Leaving Certificate Examination, 1909
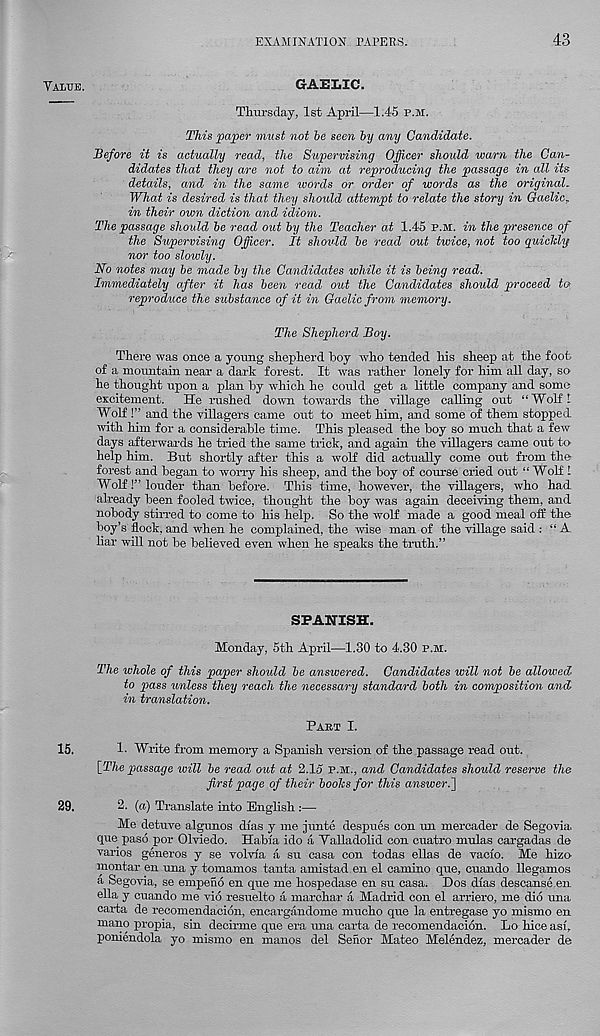
EXAMINATION PAPERS.
43
Value.
GAELIC.
Thursday, 1st April—1.45 p.m.
This paper must not be seen by any Candidate.
Before it is actually read, the Supervising Officer should warn the Can-
didates that they are not to aim at reproducing the passage in all its
details, and in the same words or order of words as the original.
What is desired is that they should attempt to relate the story in Gaelic,
in their own diction and idiom.
The passage should be read out by the Teacher at 1.45 P.M. in the presence of
the Supervising Officer. It should be read out twice, not too quiclcly
nor too slowly.
No notes may be made by the Candidates while it is being read.
Immediately after it has been read out the Candidates should proceed to
reproduce the substance of it in Gaelic from memory.
The Shepherd Boy.
There was once a young shepherd hoy who tended his sheep at the foot
of a mountain near a dark forest. It was rather lonely for him all day, so-
he thought upon a plan by which he could get a little company and some
excitement. He rushed down towards the village calling out “Wolf!
Wolf !” and the villagers came out to meet him, and some of them stopped
with him for a considerable time. This pleased the hoy so much that a few
days afterwards he tried the same trick, and again the villagers came out to-
help him. But shortly after this a wolf did actually come out from the
forest and began to worry his sheep, and the hoy of course cried out “ Wolf I
Wolf!” louder than before. This time, however, the villagers, who had
already been fooled twice, thought the boy was again deceiving them, and
nobody stirred to come to his help. So the wolf made a good meal off the
boy’s flock, and when he complained, the wise man of the village said : “ A
bar will not be believed even when he speaks the truth.”
SPANISH.
Monday, 5th April—1.30 to 4.30 p.m.
The whole of this paper should be answered. Candidates will not be allowed-
to pass unless they reach the necessary standard both in composition and
in translation.
Pabt I.
15.
1- Write from memory a Spanish version of the passage read out.
[The passage will be read out at 2.1d P.M., and Candidates should reserve the
first page of their boohs for this answer.]
29.
2. (a) Translate into English :—
Me detuve algunos dias y me junte despues con un mercader de Segovia
que paso por Olviedo. Habia ido a Valladolid con cuatro mulas cargadas de
varies generos y se volvia a su casa con todas ellas de vacio. Me hizo-
montar en una y tomamos tanta amistad.en el camino que, cuando llegamos
a Segovia, se empeno en que me hospedase en su casa. Dos dias descanse en
ella y cuando me vio resuelto a marchar a Madrid con el arriero, me did una
carta de recomendacidn, encargandome mucho que la entregase yo mismo en
mano propia, sin decirme que era una carta de recomendacidn. Lo hice asi,
poniendola yo mismo en manos del Senor Mateo Melendez, mercader de